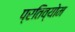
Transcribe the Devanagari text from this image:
प्रतिव्योम